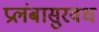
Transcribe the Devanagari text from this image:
प्रलंबासुरवध